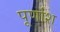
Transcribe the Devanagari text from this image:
पूर्णाश